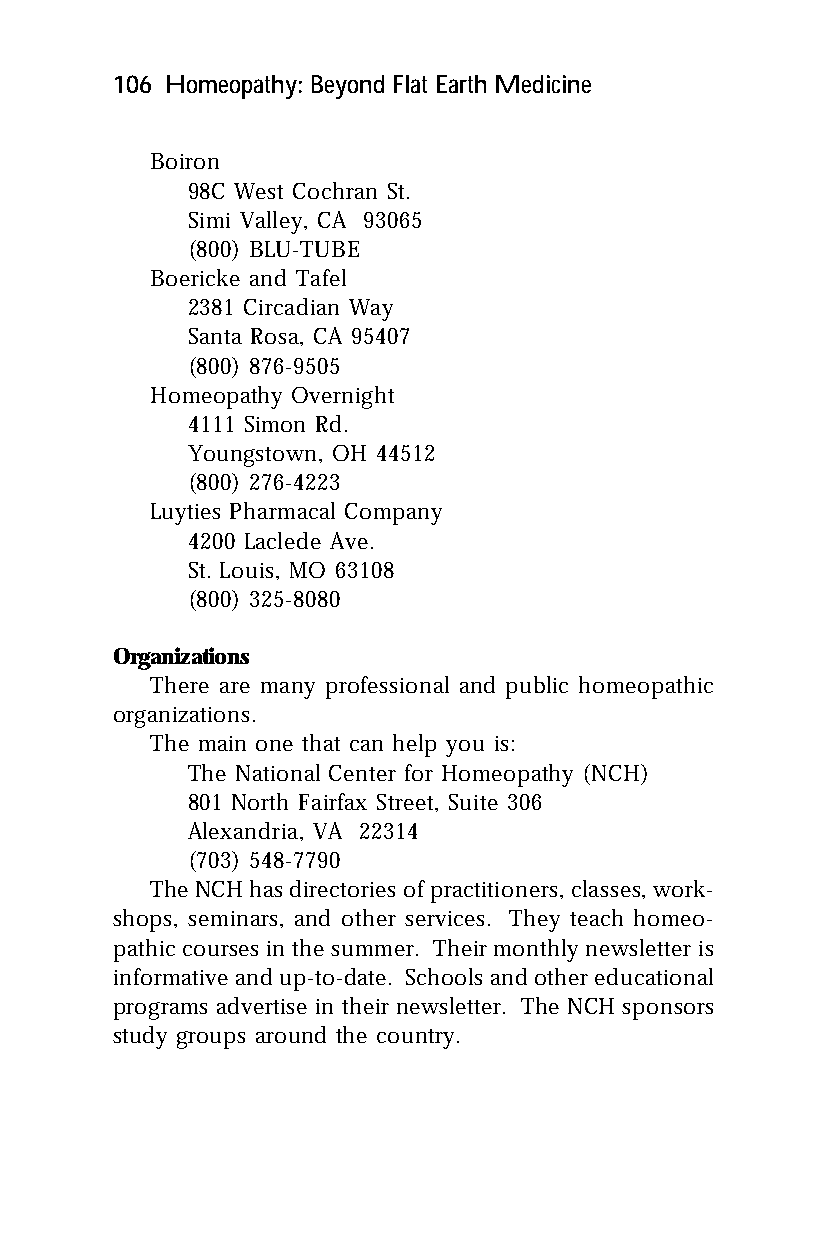
106 Homeopathy: Beyond Flat Earth Medicine
 Boiron
 98C West Cochran St.
 Simi Valley, CA 93065
 (800) BLU-TUBE
 Boericke and Tafel
 2381 Circadian Way
 Santa Rosa, CA 95407
 (800) 876-9505
 Homeopathy Overnight
 4111 Simon Rd.
 Youngstown, OH 44512
 (800) 276-4223
 Luyties Pharmacal Company
 4200 Laclede Ave.
 St. Louis, MO 63108
 (800) 325-8080
 Organizations
 There are many professional and public homeopathic
 organizations.
 The main one that can help you is:
 The National Center for Homeopathy (NCH)
 801 North Fairfax Street, Suite 306
 Alexandria, VA 22314
 (703) 548-7790
 The NCH has directories of practitioners, classes, work-
 shops, seminars, and other services. They teach homeo-
 pathic courses in the summer. Their monthly newsletter is
 informative and up-to-date. Schools and other educational
 programs advertise in their newsletter. The NCH sponsors
 study groups around the country.